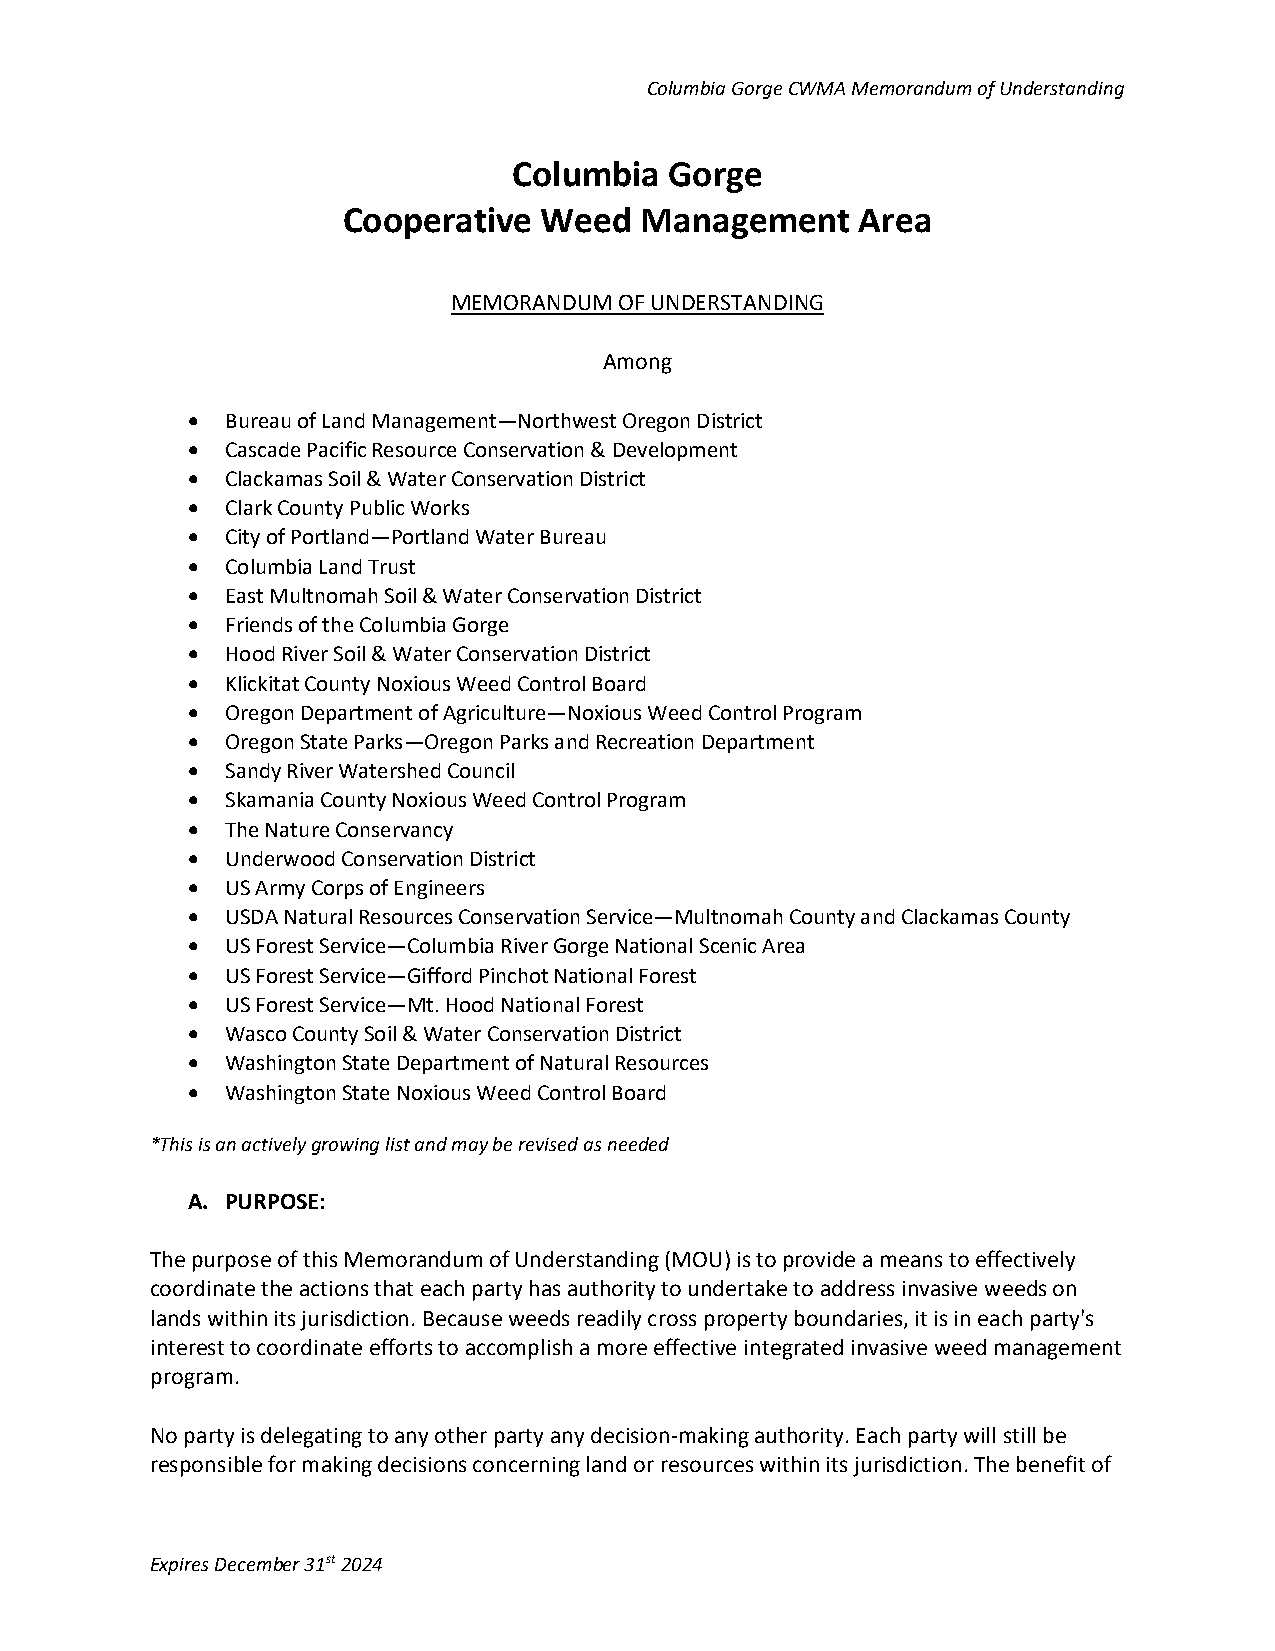
Columbia Gorge CWMA Memorandum of Understanding
 Columbia  Gorge
 Cooperative  Weed  Management     Area
 MEMORANDUM OF UNDERSTANDING
 Among
 •  Bureau of Land Management—Northwest Oregon District
 •  Cascade Pacific Resource Conservation & Development
 •  Clackamas Soil & Water Conservation District
 •  Clark County Public Works
 •  City of Portland—Portland Water Bureau
 •  Columbia Land Trust
 •  East Multnomah Soil & Water Conservation District
 •  Friends of the Columbia Gorge
 •  Hood River Soil & Water Conservation District
 •  Klickitat County Noxious Weed Control Board
 •  Oregon Department of Agriculture—Noxious Weed Control Program
 •  Oregon State Parks—Oregon Parks and Recreation Department
 •  Sandy River Watershed Council
 •  Skamania County Noxious Weed Control Program
 •  The Nature Conservancy
 •  Underwood Conservation District
 •  US Army Corps of Engineers
 •  USDA Natural Resources Conservation Service—Multnomah County and Clackamas County
 •  US Forest Service—Columbia River Gorge National Scenic Area
 •  US Forest Service—Gifford Pinchot National Forest
 •  US Forest Service—Mt. Hood National Forest
 •  Wasco County Soil & Water Conservation District
 •  Washington State Department of Natural Resources
 •  Washington State Noxious Weed Control Board
 *This is an actively growing list and may be revised as needed
 A. PURPOSE:
 The purpose of this Memorandum of Understanding (MOU) is to provide a means to effectively
 coordinate the actions that each party has authority to undertake to address invasive weeds on
 lands within its jurisdiction. Because weeds readily cross property boundaries, it is in each party's
 interest to coordinate efforts to accomplish a more effective integrated invasive weed management
 program.
 No party is delegating to any other party any decision-making authority. Each party will still be
 responsible for making decisions concerning land or resources within its jurisdiction. The benefit of
 Expires December 31st 2024